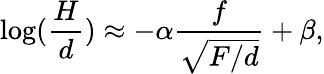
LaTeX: \log(\frac{H}{d})\approx-\alpha\frac{f}{\sqrt{F/d}}+\beta,